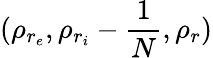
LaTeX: (\rho_{r_{e}},\rho_{r_{i}}-\frac{1}{N},\rho_{r})